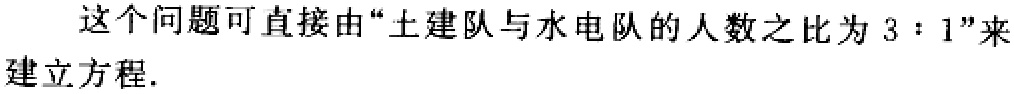
这个问题可直接由“土建队与水电队的人数之比为 \(3:1\)”来建立方程.